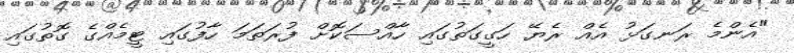
"އެންމެ ރަނގަޅު އެއް ރެޔޭ ހަގީގަތުގައި ހާއްސަކޮށް ފުރަތަމަ ހާފުގައި ޓީމެއްގެ ގޮތުގައި